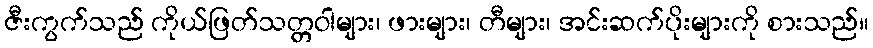
ဇီးကွက်သည် ကိုယ်ဖြတ်သတ္တဝါများ၊ ဖားများ၊ တီများ၊ အင်းဆက်ပိုးများကို စားသည်။